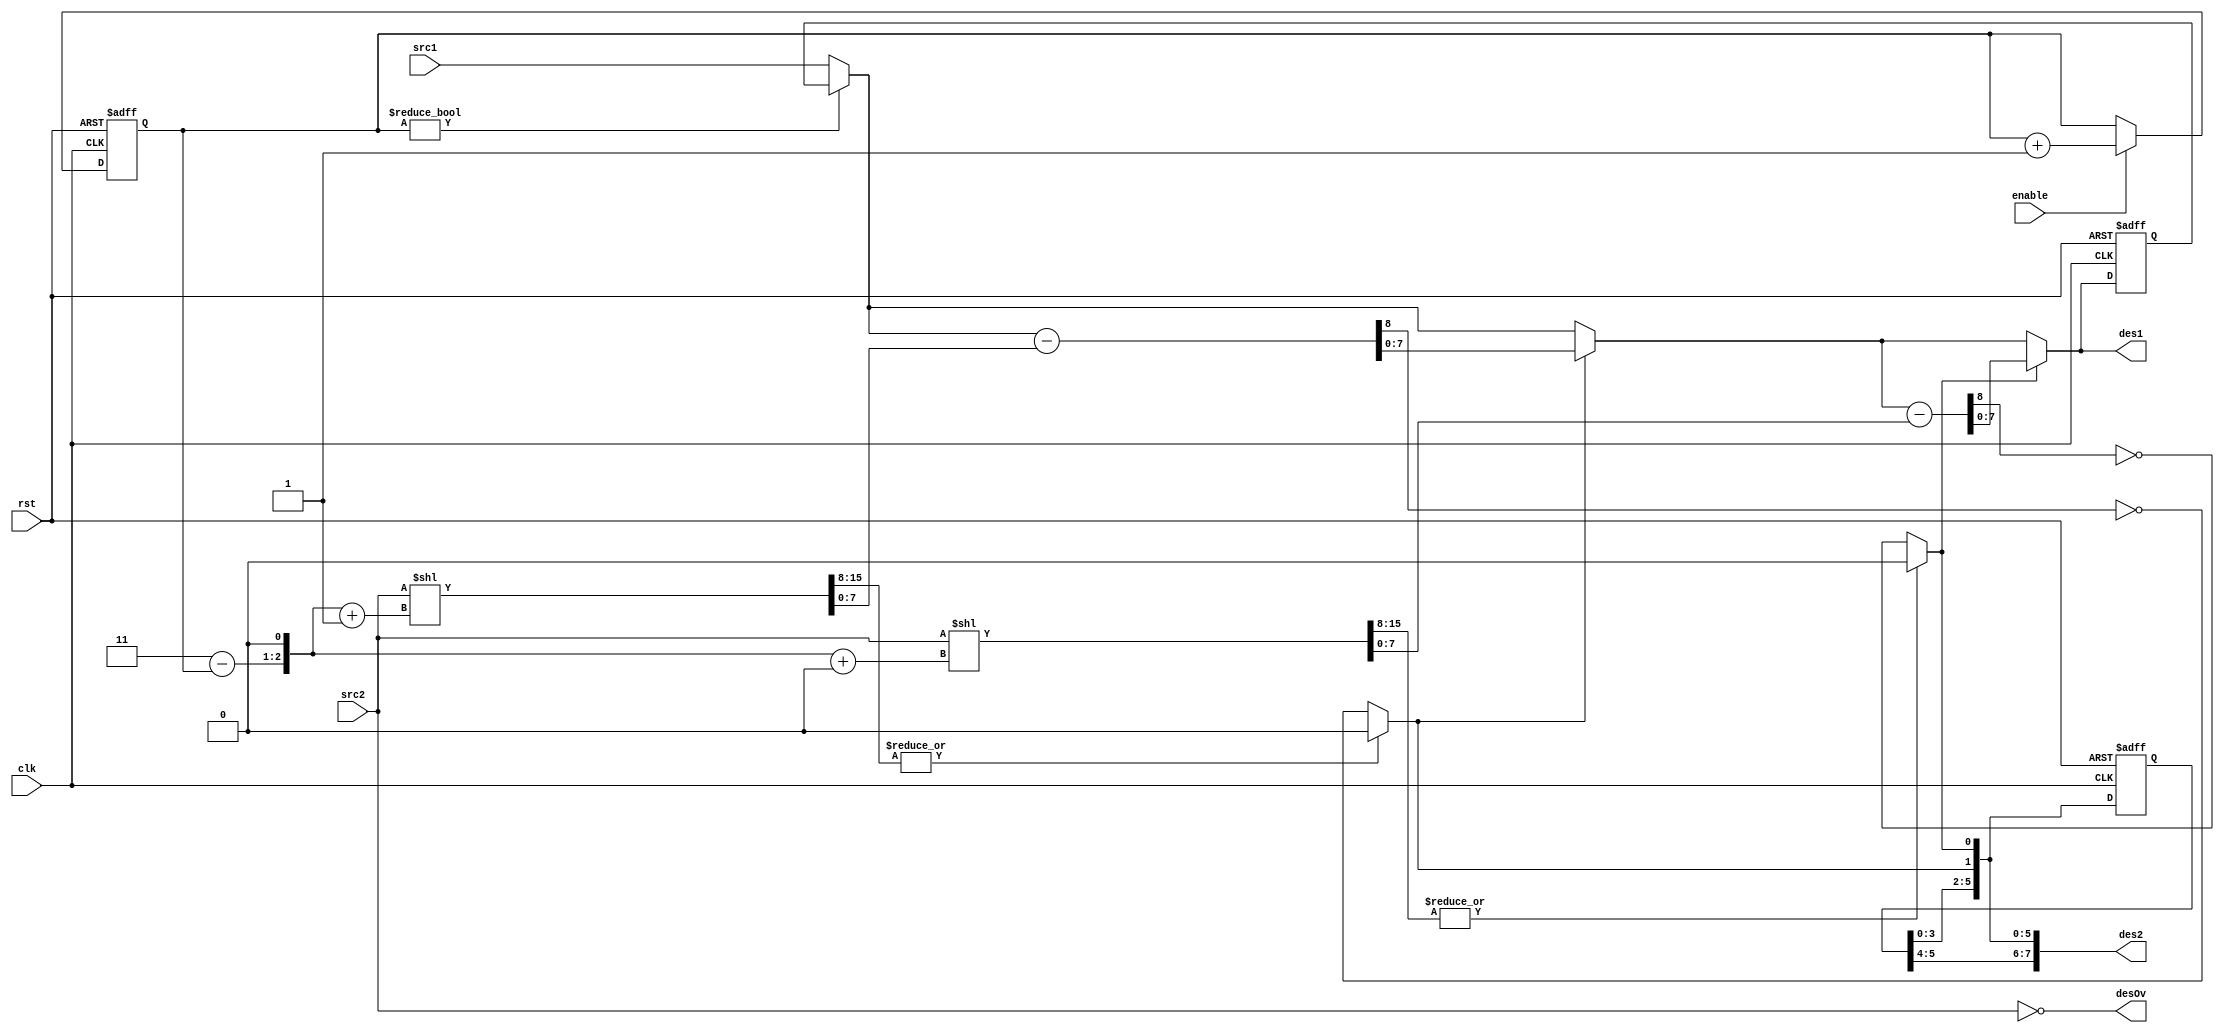
//////////////////////////////////////////////////////////////////////
//// 								  ////
//// divide for 8051 Core 				  	  ////
//// 								  ////
//// This file is part of the 8051 cores project 		  ////
//// http://www.opencores.org/cores/8051/ 			  ////
//// 								  ////
//// Description 						  ////
//// Four cycle implementation of division used in alu.v	  ////
//// 								  ////
//// To Do: 							  ////
////  check if compiler does proper optimizations of the code     ////
//// 								  ////
//// Author(s): 						  ////
//// - Simon Teran, simont@opencores.org 			  ////
//// - Marko Mlinar, markom@opencores.org 			  ////
//// 								  ////
//////////////////////////////////////////////////////////////////////
//// 								  ////
//// Copyright (C) 2001 Authors and OPENCORES.ORG 		  ////
//// 								  ////
//// This source file may be used and distributed without 	  ////
//// restriction provided that this copyright statement is not 	  ////
//// removed from the file and that any derivative work contains  ////
//// the original copyright notice and the associated disclaimer. ////
//// 								  ////
//// This source file is free software; you can redistribute it   ////
//// and/or modify it under the terms of the GNU Lesser General   ////
//// Public License as published by the Free Software Foundation; ////
//// either version 2.1 of the License, or (at your option) any   ////
//// later version. 						  ////
//// 								  ////
//// This source is distributed in the hope that it will be 	  ////
//// useful, but WITHOUT ANY WARRANTY; without even the implied   ////
//// warranty of MERCHANTABILITY or FITNESS FOR A PARTICULAR 	  ////
//// PURPOSE. See the GNU Lesser General Public License for more  ////
//// details. 							  ////
//// 								  ////
//// You should have received a copy of the GNU Lesser General 	  ////
//// Public License along with this source; if not, download it   ////
//// from http://www.opencores.org/lgpl.shtml 			  ////
//// 								  ////
//////////////////////////////////////////////////////////////////////
//
// CVS Revision History
//
// $Log: not supported by cvs2svn $
// Revision 1.8  2002/09/30 17:15:31  simont
// prepared header
//
//

// synopsys translate_off

// synopsys translate_on

module oc8051_divide (
    clk,
    rst,
    enable,
    src1,
    src2,
    des1,
    des2,
    desOv
);
  //
  // this module is part of alu
  // clk          (in)
  // rst          (in)
  // enable       (in)  starts divison
  // src1         (in)  first operand
  // src2         (in)  second operand
  // des1         (out) first result
  // des2         (out) second result
  // desOv        (out) Overflow output
  //

  input clk, rst, enable;
  input [7:0] src1, src2;
  output desOv;
  output [7:0] des1, des2;

  // wires
  wire desOv;
  wire div0, div1;
  wire [7:0] rem0, rem1, rem2;
  wire [8:0] sub0, sub1;
  wire [15:0] cmp0, cmp1;
  wire [7:0] div_out, rem_out;

  // real registers
  reg [1:0] cycle;
  reg [5:0] tmp_div;
  reg [7:0] tmp_rem;

  // The main logic
  assign cmp1 = src2 << ({2'h3 - cycle, 1'b0} + 3'h1);
  assign cmp0 = src2 << ({2'h3 - cycle, 1'b0} + 3'h0);

  assign rem2 = cycle != 0 ? tmp_rem : src1;

  assign sub1 = {1'b0, rem2} - {1'b0, cmp1[7:0]};
  assign div1 = |cmp1[15:8] ? 1'b0 : !sub1[8];
  assign rem1 = div1 ? sub1[7:0] : rem2[7:0];

  assign sub0 = {1'b0, rem1} - {1'b0, cmp0[7:0]};
  assign div0 = |cmp0[15:8] ? 1'b0 : !sub0[8];
  assign rem0 = div0 ? sub0[7:0] : rem1[7:0];

  //
  // in clock cycle 0 we first calculate two MSB bits, ...
  // till finally in clock cycle 3 we calculate two LSB bits
  assign div_out = {tmp_div, div1, div0};
  assign rem_out = rem0;
  assign desOv = src2 == 8'h0;

  //
  // divider works in four clock cycles -- 0, 1, 2 and 3
  always @(posedge clk or posedge rst) begin
    if (rst) begin
      cycle   <= #1 2'b0;
      tmp_div <= #1 6'h0;
      tmp_rem <= #1 8'h0;
    end else begin
      if (enable) cycle <= #1 cycle + 2'b1;
      tmp_div <= #1 div_out[5:0];
      tmp_rem <= #1 rem_out;
    end
  end

  //
  // assign outputs
  assign des1 = rem_out;
  assign des2 = div_out;

endmodule